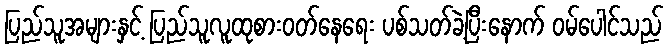
ပြည်သူအများနှင့် ပြည်သူလူထုစားဝတ်နေရေး ပစ်သတ်ခဲ့ပြီးနောက် ဝမ်ပေါင်သည်